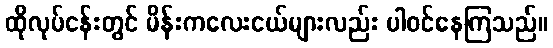
ထိုလုပ်ငန်းတွင် မိန်းကလေးငယ်များလည်း ပါဝင်နေကြသည်။